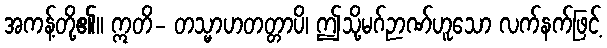
အကန့်တို့၏။ ဣတိ- တသ္မာဟတတ္တာပိ၊ ဤသို့မဂ်ဉာဏ်ဟူသော လက်နက်ဖြင့်